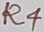
Text: R4